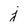
Character: j